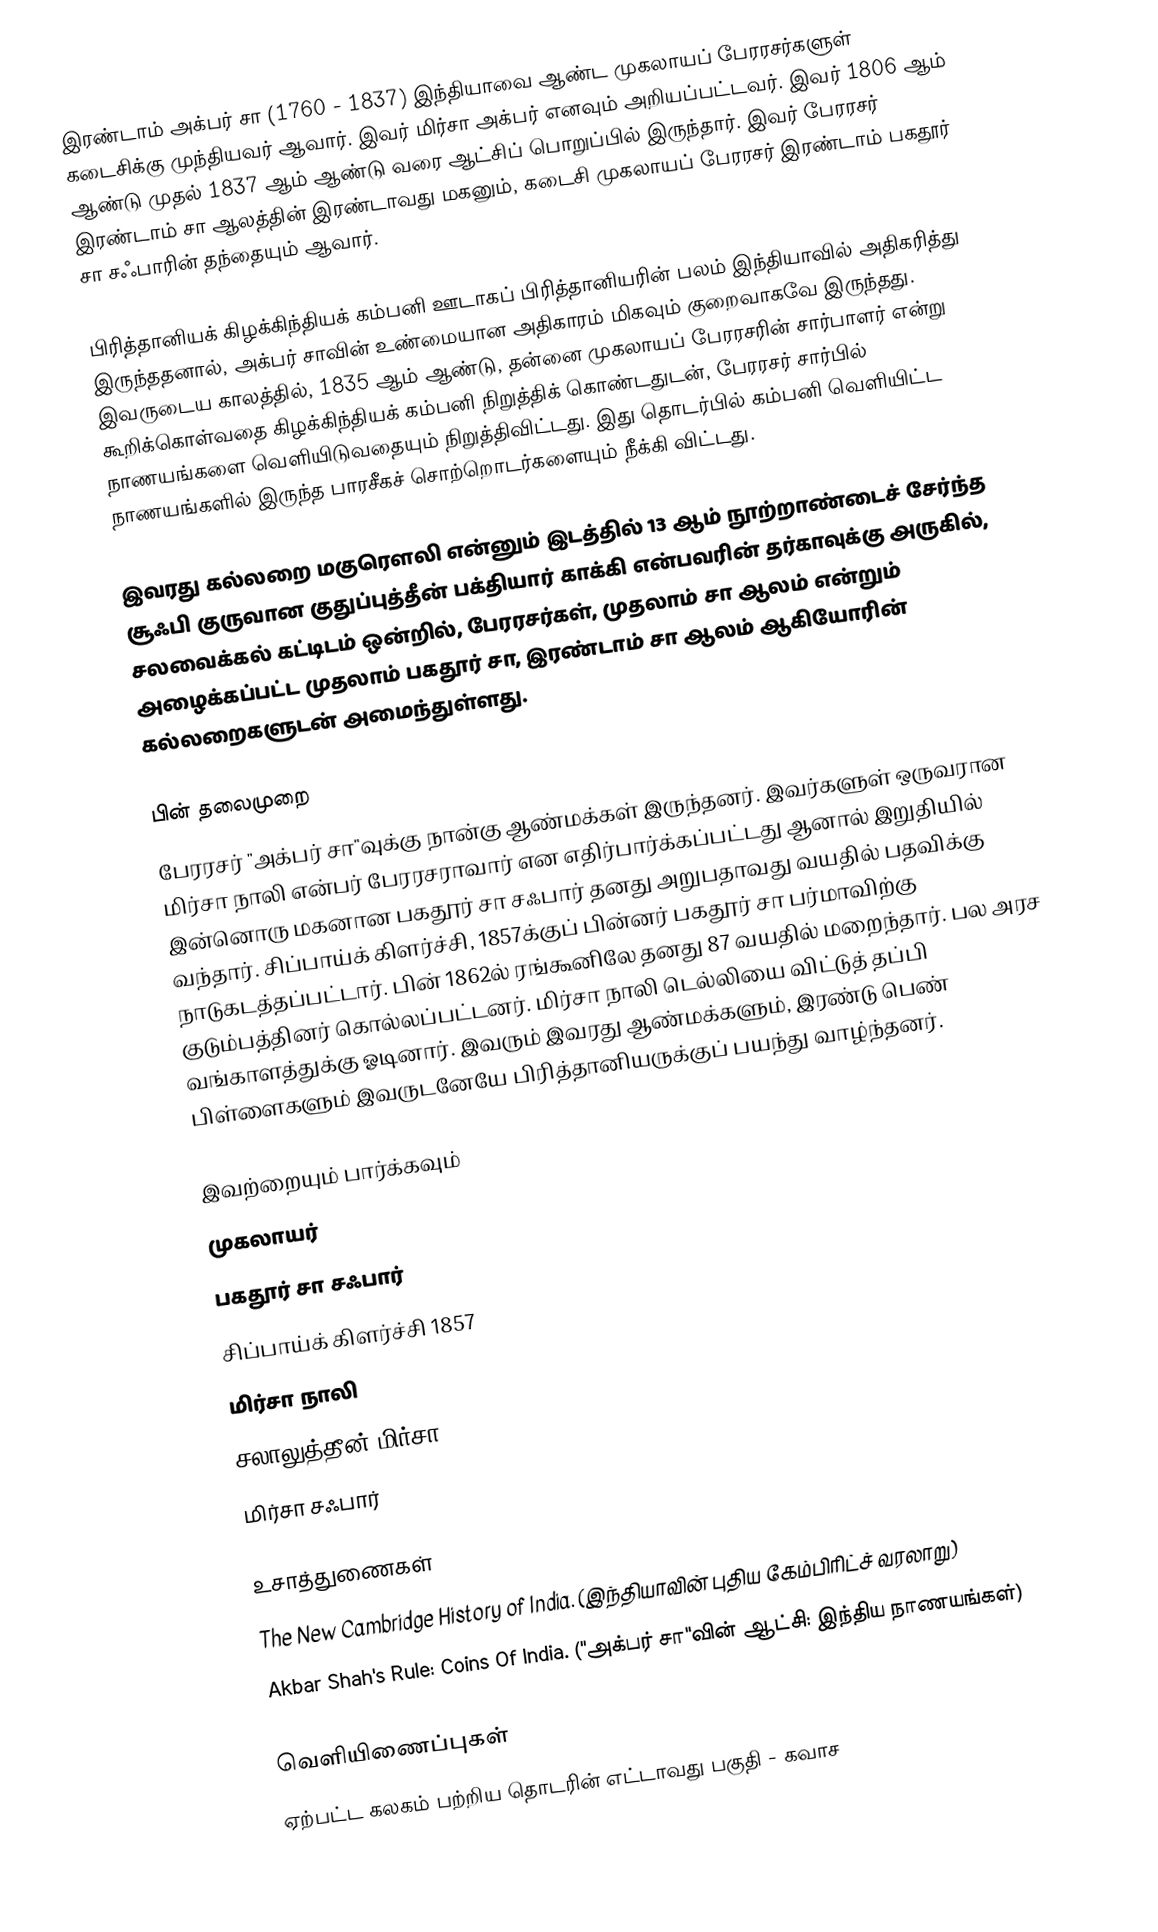
இரண்டாம் அக்பர் சா (1760 - 1837) இந்தியாவை ஆண்ட முகலாயப் பேரரசர்களுள் கடைசிக்கு முந்தியவர் ஆவார். இவர் மிர்சா அக்பர் எனவும் அறியப்பட்டவர். இவர் 1806 ஆம் ஆண்டு முதல் 1837 ஆம் ஆண்டு வரை ஆட்சிப் பொறுப்பில் இருந்தார். இவர் பேரரசர் இரண்டாம் சா ஆலத்தின் இரண்டாவது மகனும், கடைசி முகலாயப் பேரரசர் இரண்டாம் பகதூர் சா சஃபாரின் தந்தையும் ஆவார்.

பிரித்தானியக் கிழக்கிந்தியக் கம்பனி ஊடாகப் பிரித்தானியரின் பலம் இந்தியாவில் அதிகரித்து இருந்ததனால், அக்பர் சாவின் உண்மையான அதிகாரம் மிகவும் குறைவாகவே இருந்தது. இவருடைய காலத்தில், 1835 ஆம் ஆண்டு, தன்னை முகலாயப் பேரரசரின் சார்பாளர் என்று கூறிக்கொள்வதை கிழக்கிந்தியக் கம்பனி நிறுத்திக் கொண்டதுடன், பேரரசர் சார்பில் நாணயங்களை வெளியிடுவதையும் நிறுத்திவிட்டது. இது தொடர்பில் கம்பனி வெளியிட்ட நாணயங்களில் இருந்த பாரசீகச் சொற்றொடர்களையும் நீக்கி விட்டது.

இவரது கல்லறை மகுரௌலி என்னும் இடத்தில் 13 ஆம் நூற்றாண்டைச் சேர்ந்த சூஃபி குருவான குதுப்புத்தீன் பக்தியார் காக்கி என்பவரின் தர்காவுக்கு அருகில், சலவைக்கல் கட்டிடம் ஒன்றில், பேரரசர்கள், முதலாம் சா ஆலம் என்றும் அழைக்கப்பட்ட முதலாம் பகதூர் சா, இரண்டாம் சா ஆலம் ஆகியோரின் கல்லறைகளுடன் அமைந்துள்ளது.

பின் தலைமுறை
பேரரசர் "அக்பர் சா"வுக்கு நான்கு ஆண்மக்கள் இருந்தனர். இவர்களுள் ஒருவரான மிர்சா நாலி என்பர் பேரரசராவார் என எதிர்பார்க்கப்பட்டது ஆனால் இறுதியில் இன்னொரு மகனான பகதூர் சா சஃபார் தனது அறுபதாவது வயதில் பதவிக்கு வந்தார். சிப்பாய்க் கிளர்ச்சி, 1857க்குப் பின்னர் பகதூர் சா பர்மாவிற்கு நாடுகடத்தப்பட்டார். பின் 1862ல் ரங்கூனிலே தனது 87 வயதில் மறைந்தார். பல அரச குடும்பத்தினர் கொல்லப்பட்டனர். மிர்சா நாலி டெல்லியை விட்டுத் தப்பி வங்காளத்துக்கு ஓடினார். இவரும் இவரது ஆண்மக்களும், இரண்டு பெண் பிள்ளைகளும் இவருடனேயே பிரித்தானியருக்குப் பயந்து வாழ்ந்தனர்.

இவற்றையும் பார்க்கவும்
 முகலாயர்
 பகதூர் சா சஃபார்
 சிப்பாய்க் கிளர்ச்சி 1857
 மிர்சா நாலி
 சலாலுத்தீன் மிர்சா
 மிர்சா சஃபார்

உசாத்துணைகள்
 The New Cambridge History of India. (இந்தியாவின் புதிய கேம்பிரிட்ச் வரலாறு)
 Akbar Shah's Rule: Coins Of India. ("அக்பர் சா"வின் ஆட்சி: இந்திய நாணயங்கள்)

வெளியிணைப்புகள்
 ஏற்பட்ட கலகம் பற்றிய தொடரின் எட்டாவது பகுதி - கவாச